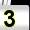
Digit: 3